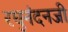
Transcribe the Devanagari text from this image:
रघुनंदनजी